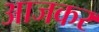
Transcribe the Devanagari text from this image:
आजकर